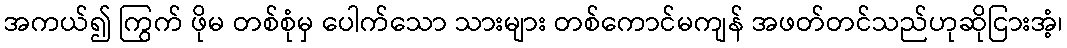
အကယ်၍ ကြွက် ဖိုမ တစ်စုံမှ ပေါက်သော သားများ တစ်ကောင်မကျန် အဖတ်တင်သည်ဟုဆိုငြားအံ့၊